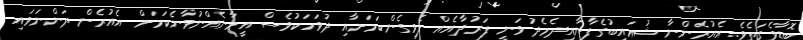
ބޮޑާވެގަތެވެ. އެއުރެންނާ ޝުޢައިބުގެފާނާއިދެމެދު ވަނީ ފަރުދާއެއް ލެވިގެންކަމަށާއި ދުވަހަކުވެސް އީމާނެއްނުވާނެކަމަށް އެއުރެން ދަންނަވައި